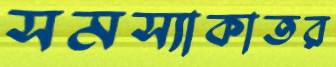
সমস্যাকাতর